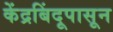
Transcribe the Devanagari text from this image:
केंद्रबिंदूपासून